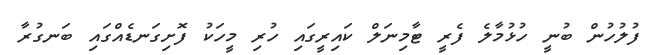
ފުލުހުން ބުނީ ހުޅުމާލެ ފެރީ ޓާމިނަލް ކައިރީގައި ހުރި މީހަކު ފޮށިގަނޑެއްގައި ބަނގުރާ